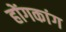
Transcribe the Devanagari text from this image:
होंगकांग